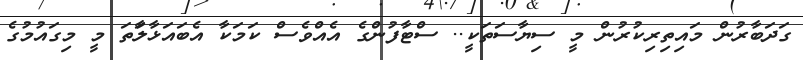
ގަދަބާރުން މައިތިރިކުރުން މީ ސިޔާސަތަކީ.. ސްޓާފުންގެ އެއްވެސް ކަމަކާ އެބައަޅާލަާތަ މީ މިގައުމުގެ